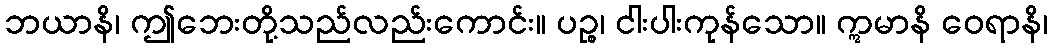
ဘယာနိ၊ ဤဘေးတို့သည်လည်းကောင်း။ ပဉ္စ၊ ငါးပါးကုန်သော။ ဣမာနိ ဝေရာနိ၊